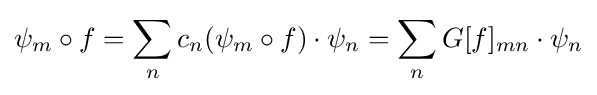
\psi _{m}\circ f=\sum _{n}c_{n}(\psi _{m}\circ f)\cdot \psi _{n}=\sum _{n}G[f]_{mn}\cdot \psi _{n}